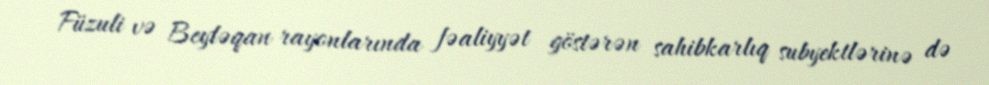
Füzuli və Beyləqan rayonlarında fəaliyyət göstərən sahibkarlıq subyektlərinə də